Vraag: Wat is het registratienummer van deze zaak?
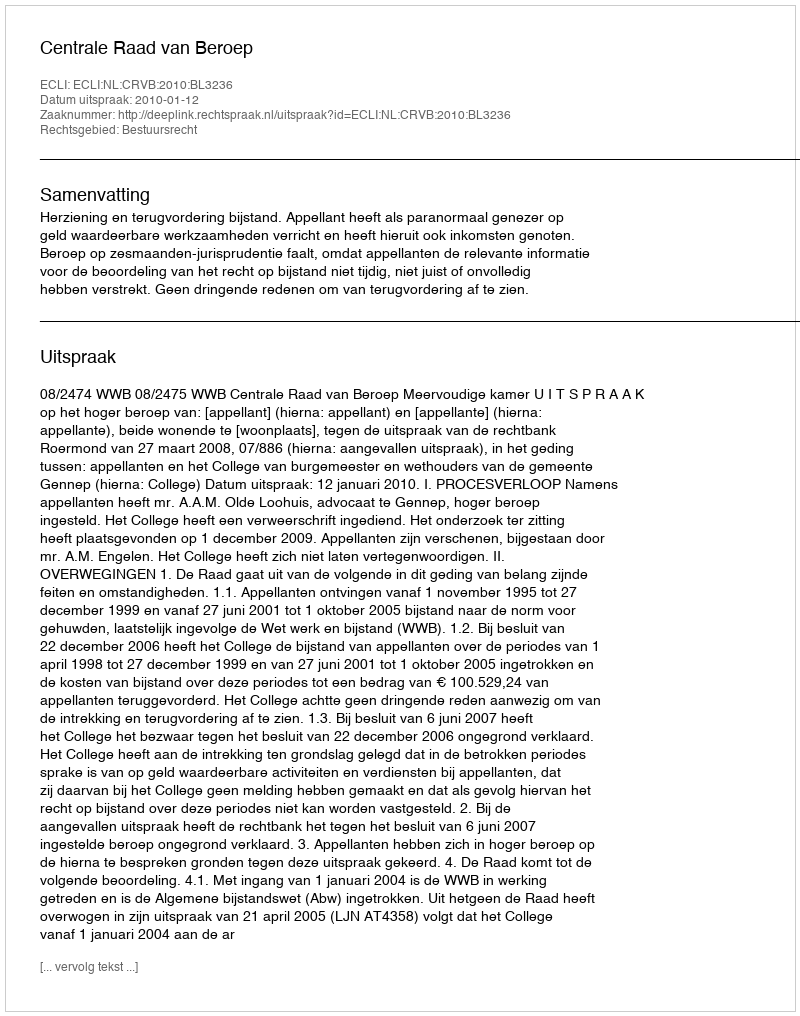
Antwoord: http://deeplink.rechtspraak.nl/uitspraak?id=ECLI:NL:CRVB:2010:BL3236